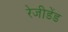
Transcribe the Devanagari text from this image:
रेजीडेंड